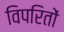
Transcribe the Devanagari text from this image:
विपरितों